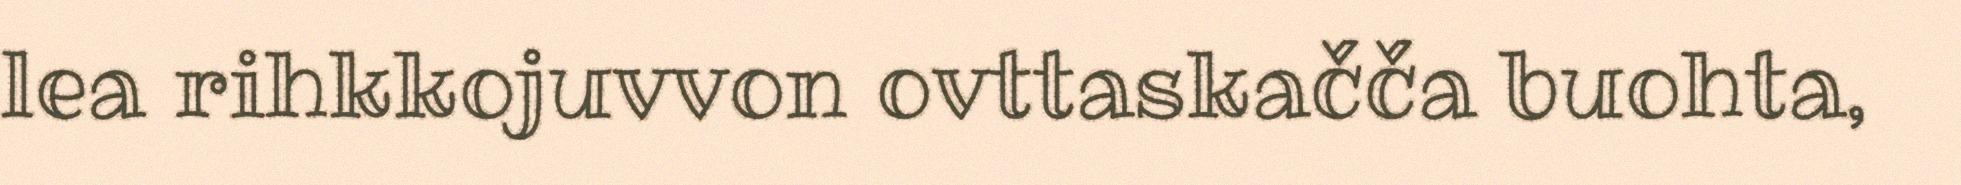
lea rihkkojuvvon ovttaskačča buohta,